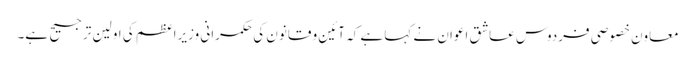
معاون خصوصی فردوس عاشق اعوان نے کہا ہے کہ آئین و قانون کی حکمرانی وزیراعظم کی اولین ترجیح ہے۔